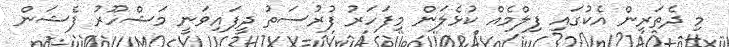
މި ދެތަރިން އެކުގައި ފިލްމެއް ކުޅެލަން މިފަހަރު ފުރުސަތު ދީފައިވަނީ މަޝްހޫރު ފެޝަން